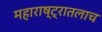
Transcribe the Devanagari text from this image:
महाराष्ट्रातलाच